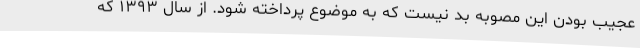
عجیب بودن این مصوبه بد نیست که به موضوع پرداخته شود. از سال ۱۳۹۳ که